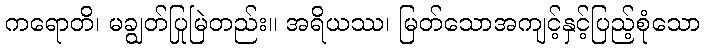
ကရောတိ၊ မချွတ်ပြုမြဲတည်း။ အရိယဿ၊ မြတ်သောအကျင့်နှင့်ပြည့်စုံသော